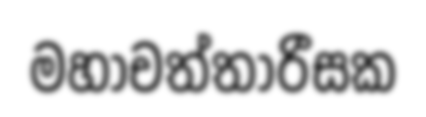
මහාචත්තාරීසක